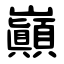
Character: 巓